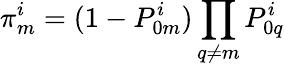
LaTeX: \pi_{m}^{i}=(1-P_{0m}^{i})\prod_{q\neq m}P_{0q}^{i}